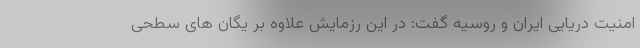
امنیت دریایی ایران و روسیه گفت: در این رزمایش علاوه بر یگان های سطحی